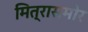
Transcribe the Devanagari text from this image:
मित्रासमोर